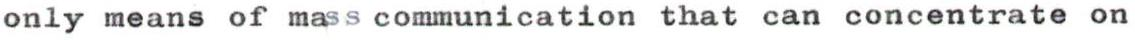
only means of mass communication that can concentrate on